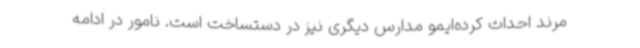
مرند احداث کرده‌ایمو مدارس دیگری نیز در دستساخت است. نامور در ادامه